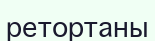
ретортаны